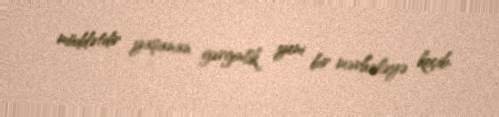
müddətdir yaşanan gərginlik yeni bir mərhələyə keçib.